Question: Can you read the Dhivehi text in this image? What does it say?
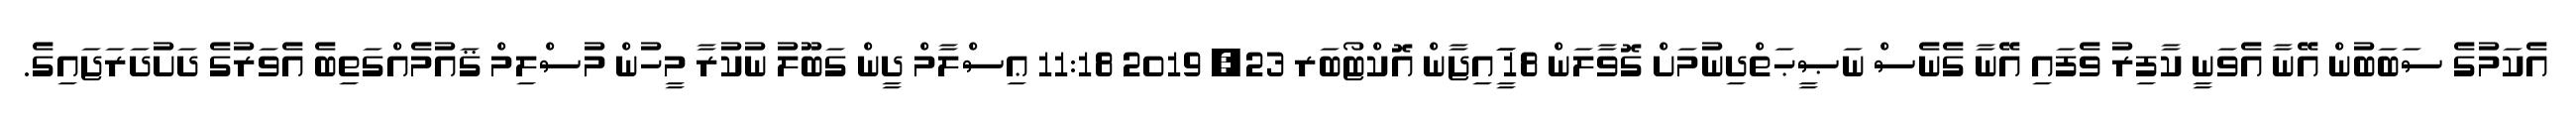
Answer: އެކަމުގެ ސަބަބުން އޭނާ އެވަނީ ކާފިރު ވެފައި އޭނާ ގެނެސް ނަޞީޙަތްދިނުމަށް ގޮވާލަން 18 ީަައިޖާން އޮކްޓޯބަރ 23, 2019 11:18 ޢިސްލާމް ދީން ގަބޫލު ނުކުރާ މީހުން މުސްލިމް ޤައުމެއްގަތިބެ އެވަރުގެ ދަށުދަރަޖައިގެ.